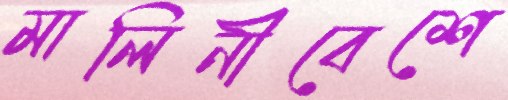
মালিনীবেশে